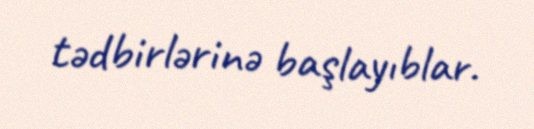
tədbirlərinə başlayıblar.